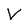
Character: V